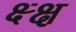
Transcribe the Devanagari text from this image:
क्ष्क्ष